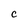
Character: C